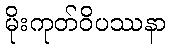
မိုးကုတ်ဝိပဿနာ